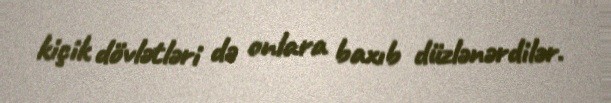
kiçik dövlətləri də onlara baxıb düzlənərdilər.